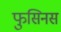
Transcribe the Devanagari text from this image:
फुसिनस